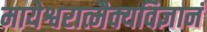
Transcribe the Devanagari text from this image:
मायेश्वरात्मैक्यविज्ञानं